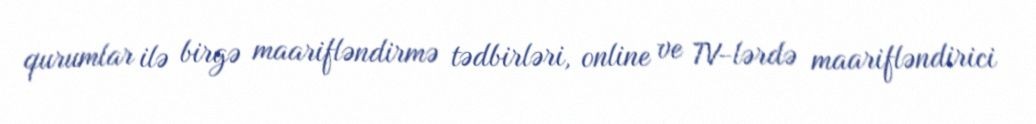
qurumlar ilə birgə maarifləndirmə tədbirləri, online ve TV-lərdə maarifləndirici